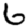
Digit: 6